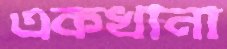
একখানা